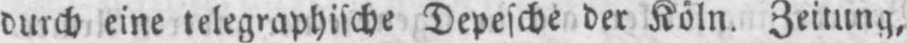
durch eine telegraphische Depesche der Köln. Zeitung,